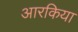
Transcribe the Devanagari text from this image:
आरकिया